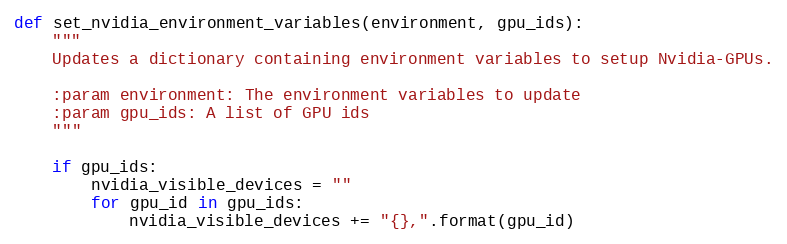
Language: Python
def set_nvidia_environment_variables(environment, gpu_ids):
    """
    Updates a dictionary containing environment variables to setup Nvidia-GPUs.

    :param environment: The environment variables to update
    :param gpu_ids: A list of GPU ids
    """

    if gpu_ids:
        nvidia_visible_devices = ""
        for gpu_id in gpu_ids:
            nvidia_visible_devices += "{},".format(gpu_id)